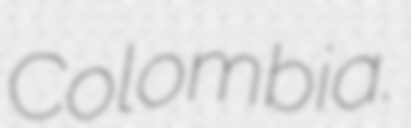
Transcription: Colombia.